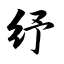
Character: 纾